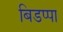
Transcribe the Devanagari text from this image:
बिडप्पा